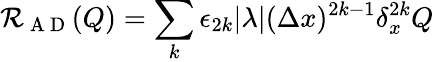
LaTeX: \mathcal{R}_{\mathrm{~A~D~}}(Q)=\sum_{k}\epsilon_{2k}\lvert\lambda\rvert(\Delta x)^{2k-1}\delta_{x}^{2k}Q